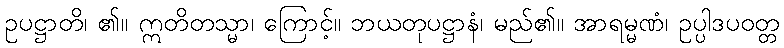
ဥပဋ္ဌာတိ၊ ၏။ ဣတိတသ္မာ၊ ကြောင့်။ ဘယတုပဋ္ဌာနံ၊ မည်၏။ အာရမ္မဏံ၊ ဥပ္ပါဒပဝတ္တ